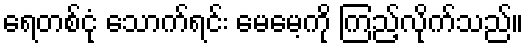
ရေတစ်ငုံ သောက်ရင်း မေမေ့ကို ကြည့်လိုက်သည်။